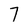
Character: 7